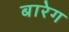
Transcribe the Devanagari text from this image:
बारेग